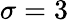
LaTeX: \sigma=3